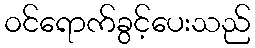
ဝင်ရောက်ခွင့်ပေးသည်